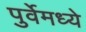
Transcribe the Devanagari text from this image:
पुर्वेमध्ये